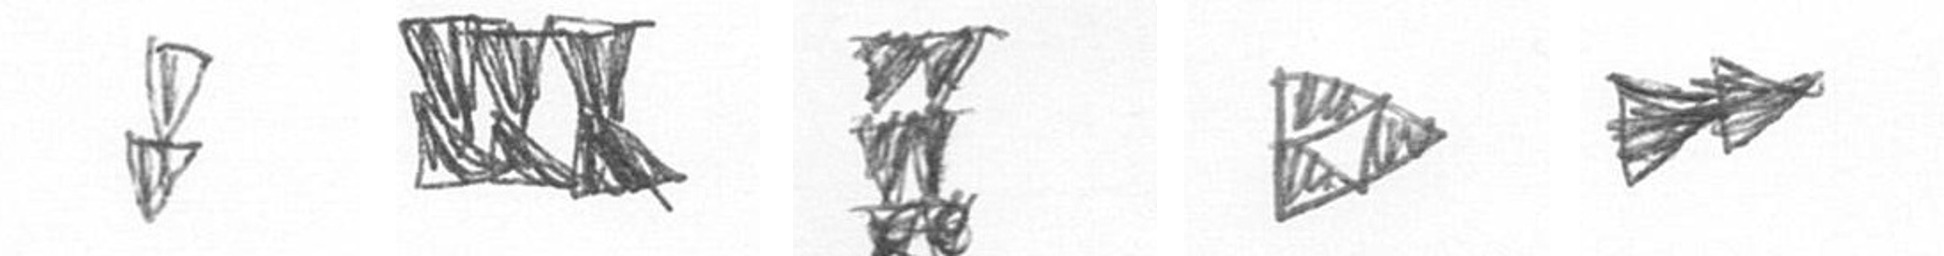
Z D Y K A